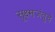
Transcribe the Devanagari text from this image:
सूक्ष्मजंतूचे